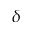
\delta